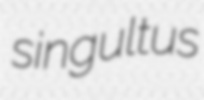
singultus